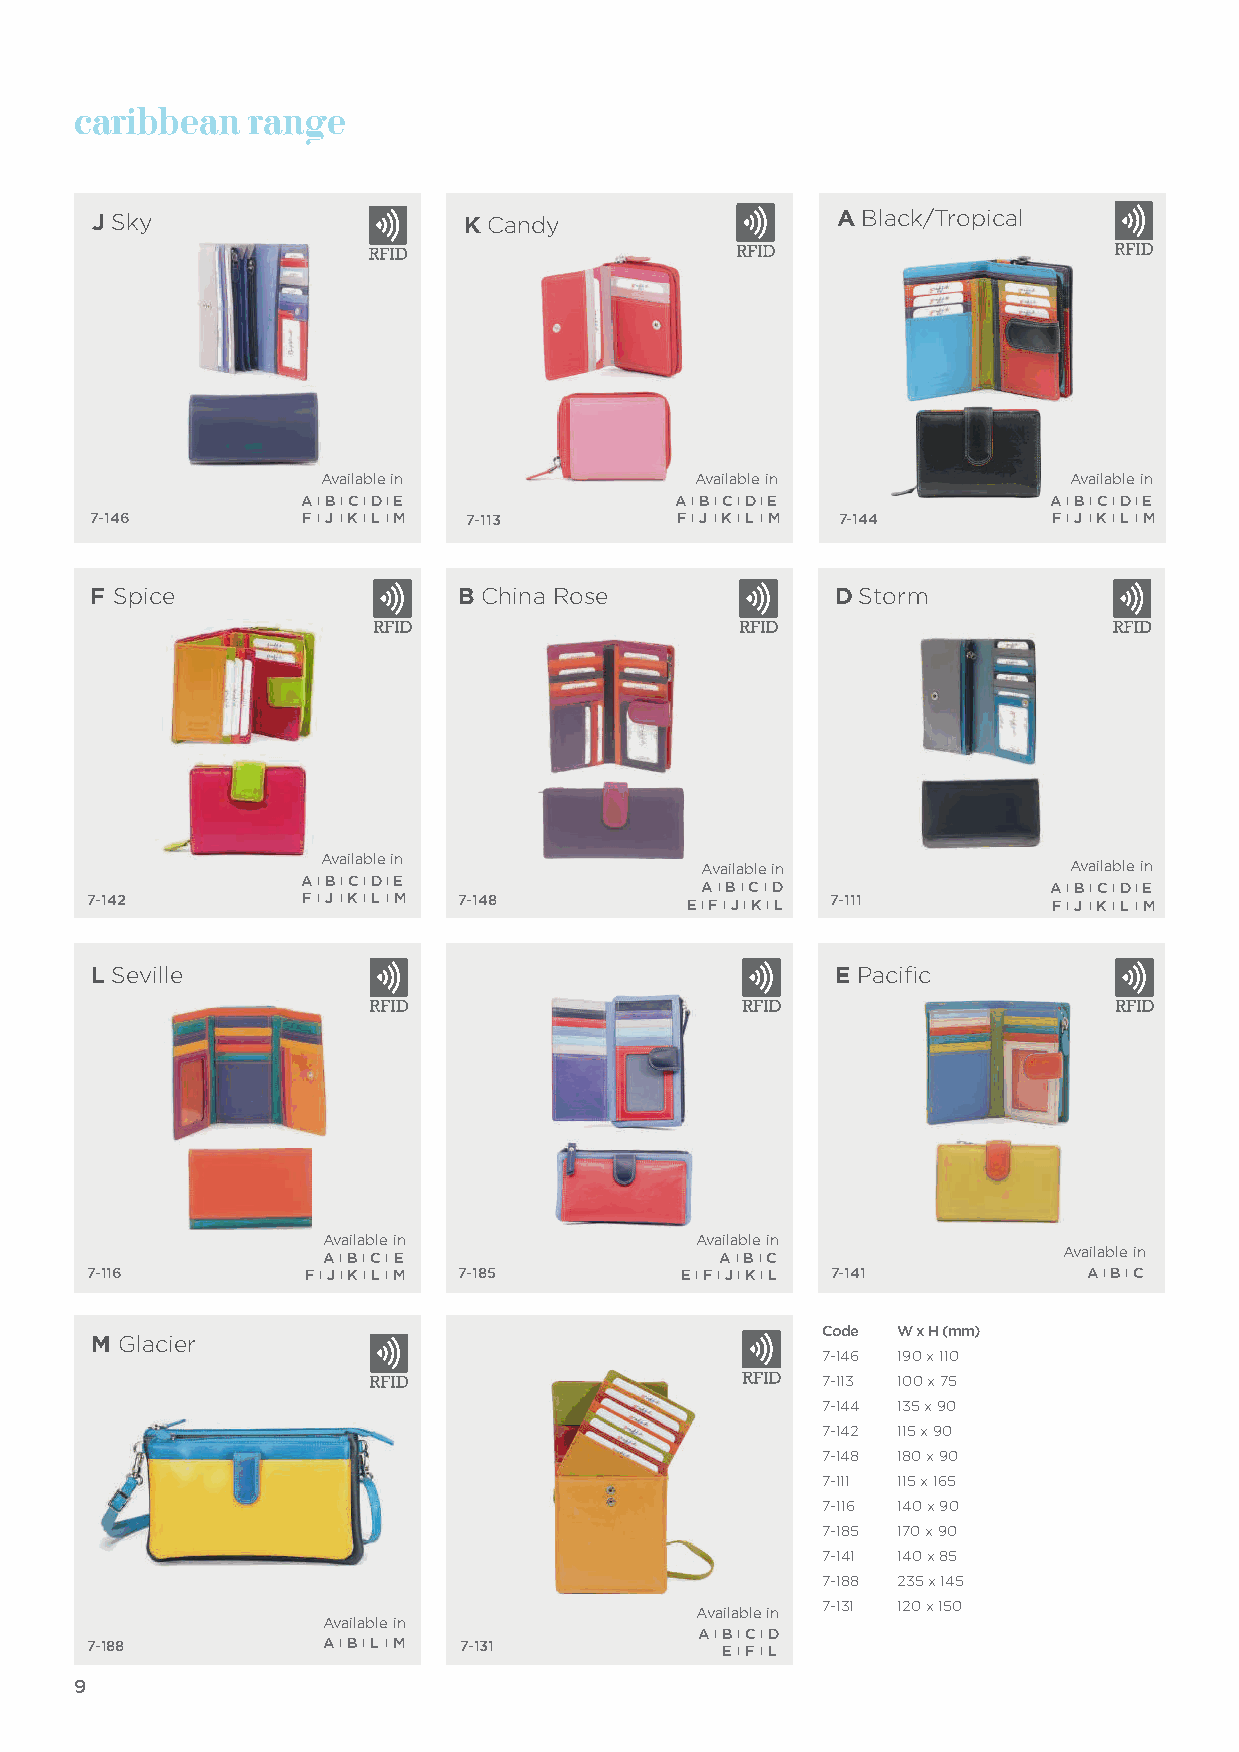
caribbean   range
 J Sky                    K Candy                  A Black/Tropical
 Available in             Available in             Available in
 AA II BB II CC II DD II EE A I B I C I D I E      A I B I C I D I E
 7-146         FF II JJ II KK II LLII MM 7-113 F I J I K I LI M 7-144 F I J I K I LI M
 F Spice                 B China Rose             D Storm
 Available in
 Available in            Available in
 A I B I C I D I E          A I B I C I D          A I B I C I D I E
 7-142         F I J I K I LI M 7-148    E I F I J I K I L 7-111 F I J I K I LI M
 L Seville                                        E Pacific
 Available in             Available in
 Available in
 A I B I C IE              A I B I C
 7-116         F I J I K I LIM 7-185    E I F I J I K I L 7-141    A I B I C
 M Glacier                                        Code W x H (mm)
 7-146 190 x 110
 7-113 100 x 75
 7-144 135 x 90
 7-142 115 x 90
 7-148 180 x 90
 7-111 115 x 165
 7-116 140 x 90
 7-185 170 x 90
 7-141 140 x 85
 7-188 235 x 145
 Available in 7-131 120 x 150
 Available in
 A I B I C ID
 7-188           A I B I L I M 7-131       E I FIL
 9